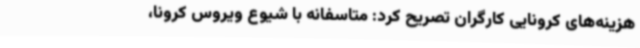
هزینه‌های کرونایی کارگران تصریح‌ کرد: متاسفانه با شیوع ویروس کرونا،